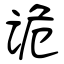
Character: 诡